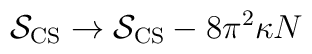
{\cal S}_{\rm CS}\to {\cal S}_{\rm CS} -8\pi^2 \kappa N